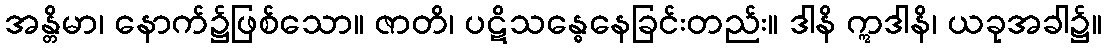
အန္တိမာ၊ နောက်၌ဖြစ်သော။ ဇာတိ၊ ပဋိသန္ဓေနေခြင်းတည်း။ ဒါနိ ဣဒါနိ၊ ယခုအခါ၌။